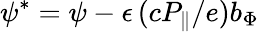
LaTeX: \psi^{*}=\psi-\epsilon\, (cP_{\| }/e)b_{\Phi}